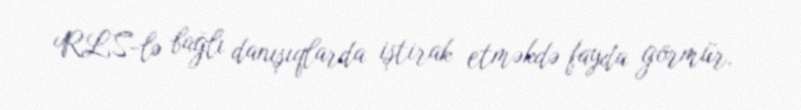
RLS-lə bağlı danışıqlarda iştirak etməkdə fayda görmür.